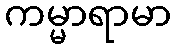
ကမ္မာရာမာ